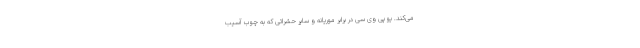
می‌کند. یو پی وی سی در برابر موریانه و سایر حشراتی که به چوب آسیب